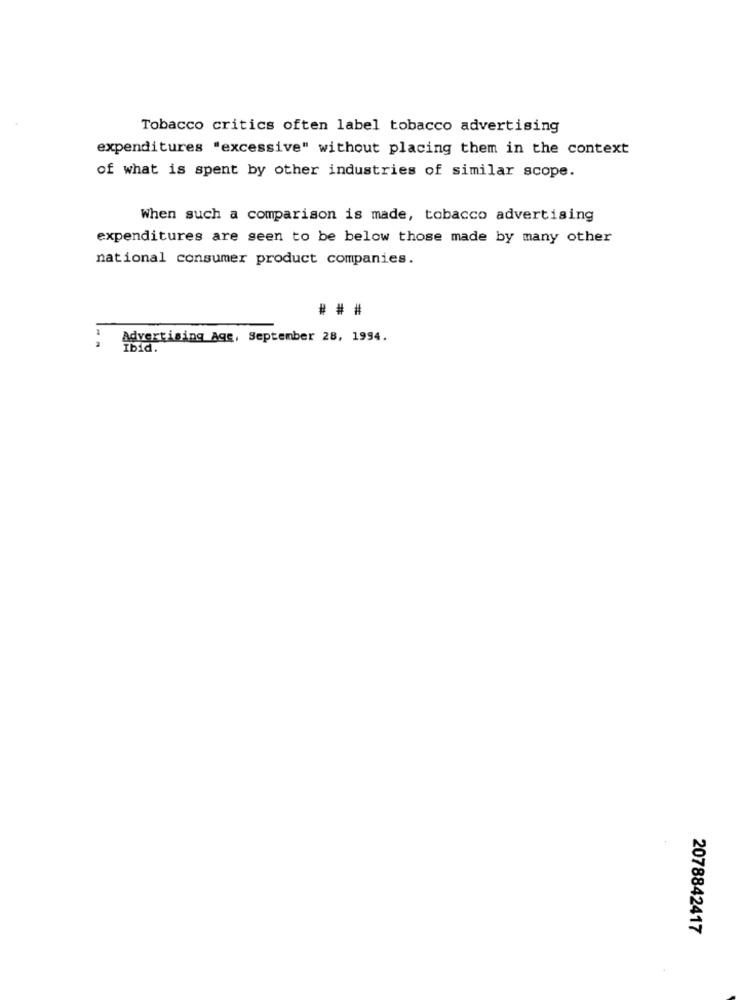
Tobacco critics often label tobacco advertising
expenditures "excessive" without placing them in the context
of what is spent by other industries of similar scope.
When such a comparison is made, tobacco advertising
expenditures are seen to be below those made by many other
national consumer product companies.
## #
Advertising Age, September 28, 1994.
2078842417